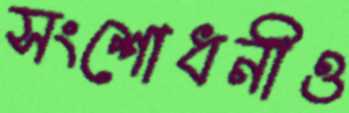
সংশোধনীও